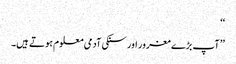
‘‘
’’ آپ بڑے مغرور اور سنکی آدمی معلوم ہوتے ہیں۔